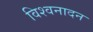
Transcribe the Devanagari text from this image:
विश्वनादन